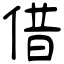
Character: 借